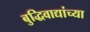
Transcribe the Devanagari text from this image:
बुद्धिवाद्यांच्या